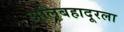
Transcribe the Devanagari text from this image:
अलिबहादूरला